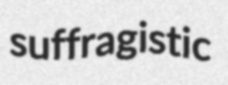
suffragistic